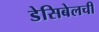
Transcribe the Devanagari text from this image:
डेसिबेलची